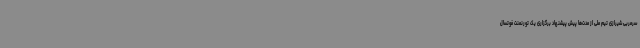
سرمربی شیرازی تیم ملی از مدت‌ها پیش پیشنهاد برگزاری یک تورنمنت فوتسال